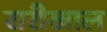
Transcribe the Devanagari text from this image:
रारीखाल